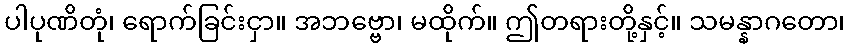
ပါပုဏိတုံ၊ ရောက်ခြင်းငှာ။ အဘဗ္ဗော၊ မထိုက်။ ဤတရားတို့နှင့်။ သမန္နာဂတော၊